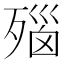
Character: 𬆛